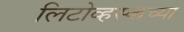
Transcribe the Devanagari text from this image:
लिटोव्हस्कच्या